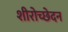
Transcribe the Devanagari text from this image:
शीरोच्छेदन